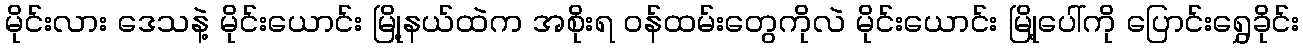
မိုင်းလား ဒေသနဲ့ မိုင်းယောင်း မြို့နယ်ထဲက အစိုးရ ဝန်ထမ်းတွေကိုလဲ မိုင်းယောင်း မြို့ပေါ်ကို ပြောင်းရွှေခိုင်း